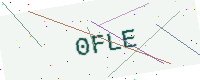
Text: 0FLE